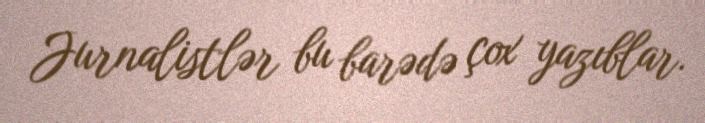
Jurnalistlər bu barədə çox yazıblar.